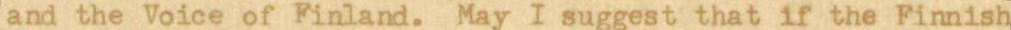
and the Voice of Finland. May I suggest that if the Finnish